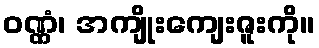
ဝဏ္ဏံ၊ အကျိုးကျေးဇူးကို။